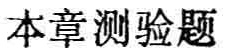
本章测验题